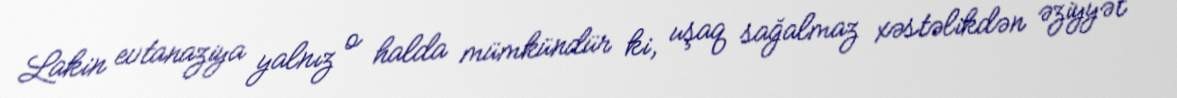
Lakin evtanaziya yalnız o halda mümkündür ki, uşaq sağalmaz xəstəlikdən əziyyət